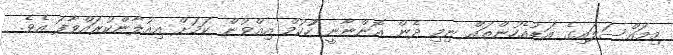
މިމައްސަލައިގެ އަޑުއެހުންތައް ނިމި ދެން އޮންނާނީ ހުުކުމް އިއްވުން ކަމަށް އިއުލާންކުރައްވާފަ އެވެ.